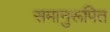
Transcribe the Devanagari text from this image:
समानुरूपित